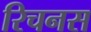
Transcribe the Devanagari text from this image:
रिचनस